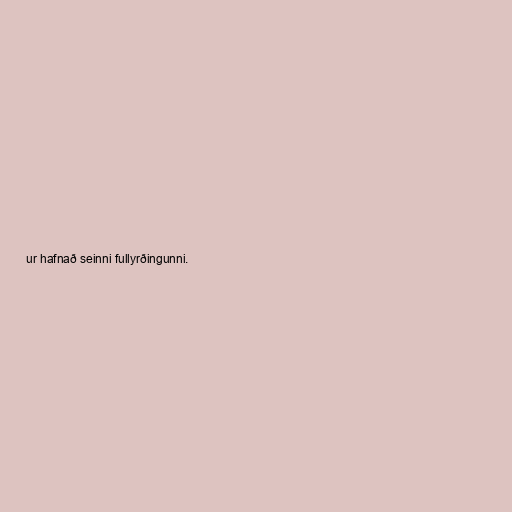
ur hafnað seinni fullyrðingunni.